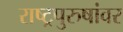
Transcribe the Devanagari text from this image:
राष्ट्रपुरुषांवर